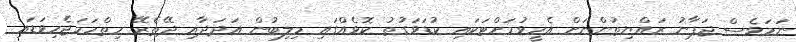
ނަމަވެސް ޖަޕާނު ރައްޔިތުންނަށް އެހީވުމަށްޓަކައި ކުޑަވަގުތު ކޮޅެއްގައި މިލިބުން އަދަދާއި ދޭތެރޭ ހިތްހަމަޖެހިވަޑައި